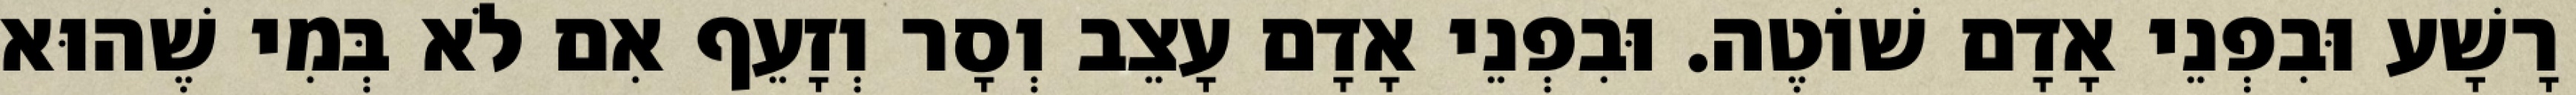
רָשָׁע וּבִפְנֵי אָדָם שׁוֹטֶה. וּבִפְנֵי אָדָם עָצֵב וְסָר וְזָעֵף אִם לֹא בְּמִי שֶׁהוּא